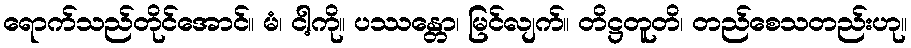
ရောက်သည်တိုင်အောင်။ မံ၊ ငါ့ကို။ ပဿန္တော၊ မြင်လျက်။ တိဋ္ဌတူတိ၊ တည်စေသတည်းဟု။